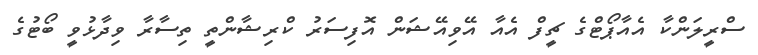
ސްރީލަންކާ އެއާޕޯޓްގެ ޗީފް އެއާ އޭވިއޭޝަން އޮފިސަރު ކްރިޝާންތީ ތިސާރާ ވިދާޅުވީ ބޯޓުގެ